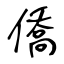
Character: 僑